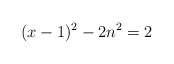
\begin{align*} (x-1)^2 - 2n^2 = 2\end{align*}